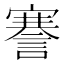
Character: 謇